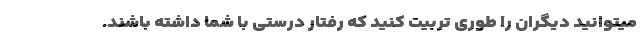
میتوانید دیگران را طوری تربیت کنید که رفتار درستی با شما داشته باشند.